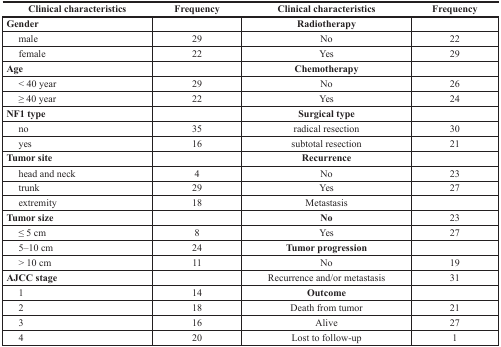
| Clinical characteristics | Frequency | Clinical characteristics | Frequency |
 | --- | --- | --- | --- |
 | Gender |  | Radiotherapy |  |
 | male | 29 | No | 22 |
 | female | 22 | Yes | 29 |
 | Age |  | Chemotherapy |  |
 | < 40 year | 29 | No | 26 |
 | ≥ 40 year | 22 | Yes | 24 |
 | NF1 type |  | Surgical type |  |
 | no | 35 | radical resection | 30 |
 | yes | 16 | subtotal resection | 21 |
 | Tumor site |  | Recurrence |  |
 | head and neck | 4 | No | 23 |
 | trunk | 29 | Yes | 27 |
 | extremity | 18 | Metastasis |  |
 | Tumor size |  | No | 23 |
 | ≤ 5 cm | 8 | Yes | 27 |
 | 5–10 cm | 24 | Tumor progression |  |
 | > 10 cm | 11 | No | 19 |
 | AJCC stage |  | Recurrence and/or metastasis | 31 |
 | 1 | 14 | Outcome |  |
 | 2 | 18 | Death from tumor | 21 |
 | 3 | 16 | Alive | 27 |
 | 4 | 20 | Lost to follow-up | 1 |